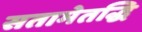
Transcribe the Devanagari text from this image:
सतामेतद्धि